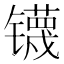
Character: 𰿃